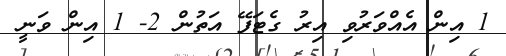
1 އިން އެއްވަރުވި އިރު ގެޓަފޭ އަތުން 2- 1 އިން ވަނީ